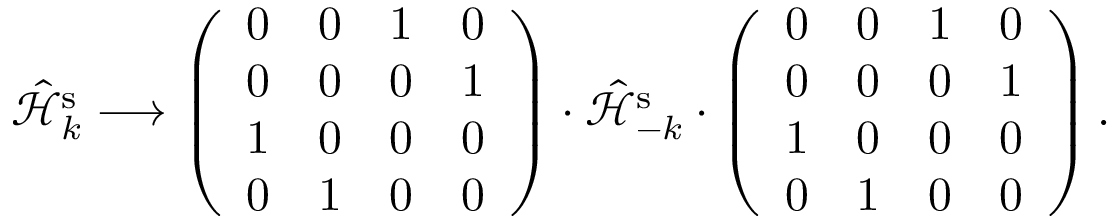
\hat { \mathcal { H } } _ { k } ^ { \mathrm { s } } \longrightarrow \left( \begin{array} { l l l l } { 0 } & { 0 } & { 1 } & { 0 } \\ { 0 } & { 0 } & { 0 } & { 1 } \\ { 1 } & { 0 } & { 0 } & { 0 } \\ { 0 } & { 1 } & { 0 } & { 0 } \end{array} \right) \cdot \hat { \mathcal { H } } _ { - k } ^ { \mathrm { s } } \cdot \left( \begin{array} { l l l l } { 0 } & { 0 } & { 1 } & { 0 } \\ { 0 } & { 0 } & { 0 } & { 1 } \\ { 1 } & { 0 } & { 0 } & { 0 } \\ { 0 } & { 1 } & { 0 } & { 0 } \end{array} \right) \mathrm { . }